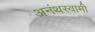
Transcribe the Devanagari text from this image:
अनंथस्वामी